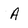
Character: a